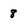
Character: 8